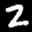
Label: 2